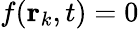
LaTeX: f(\mathbf{r}_{k},t)=0